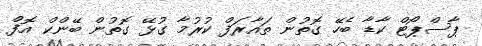
ޕާސްޕޯޓް ކާޑާ ބެހޭ ގޮތުން ތައާރަފް ކުރުމާ ގުޅޭ ގޮތުން ބޭންކް އޮފް